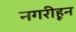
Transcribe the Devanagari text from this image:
नगरीहून